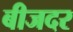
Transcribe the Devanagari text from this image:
बीजदर